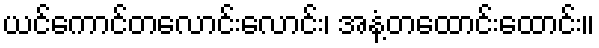
ယင်ကောင်တလောင်းလောင်း၊ အနံ့တထောင်းထောင်း။